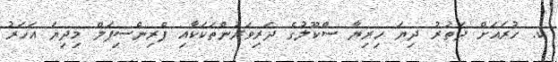
ކ. ހުރައަށް ދަތުރު ދިޔަ ހިރިޔާ ސްކޫލުގެ ދަރިވަރުންތަކަކާއި ޕްރިންސިޕަލް މިދިޔަ އަހަރު